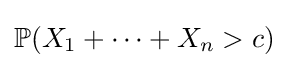
\mathbb {P} (X_{1}+\cdots +X_{n}>c)